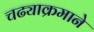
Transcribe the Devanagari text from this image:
चढ्याक्रमाने